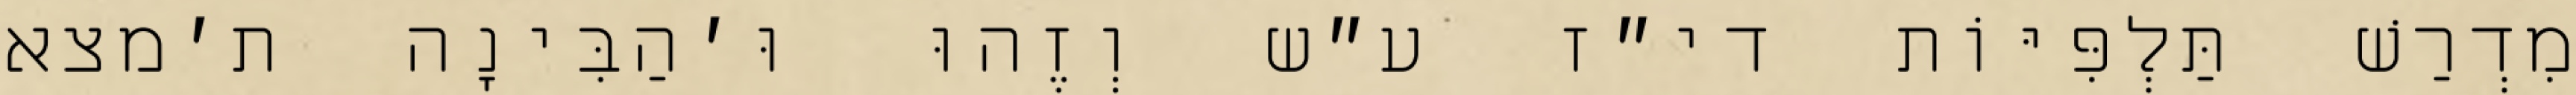
מִדְרַשׁ תַּלְפִּיּוֹת די״ז ע״ש וְזֶהוּ וּ׳הַבִּינָה ת׳מצא